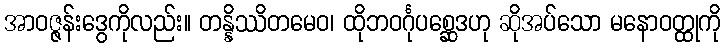
အာဝဇ္ဇန်းဒွေကိုလည်း။ တန္နိဿိတမေဝ၊ ထိုဘဝင်္ဂုပစ္ဆေဒဟု ဆိုအပ်သော မနောဝတ္ထုကို